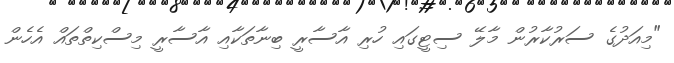
"މިއަދުގެ ސަރުކާރުން މާލޭ ސިޓީގައި ހުރި އާސާރީ ބިނާތަކާއި އާސާރީ މިސްކިތްތައް އެހެން